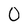
Character: 0